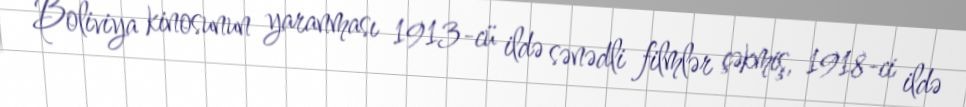
Boliviya kinosunun yaranması 1913-cü ildə sənədli filmlər çəkmiş, 1918-ci ildə